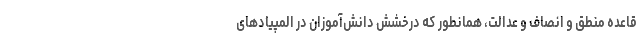
قاعده منطق و انصاف و عدالت، همانطور که درخشش دانش‌آموزان در المپیادهای